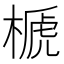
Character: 榹